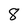
Character: 8